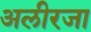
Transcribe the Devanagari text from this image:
अलीरजा